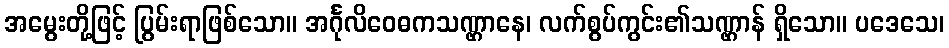
အမွေးတို့ဖြင့် ပြွမ်းရာဖြစ်သော။ အင်္ဂုလိဝေဓကသဏ္ဌာနေ၊ လက်စွပ်ကွင်း၏သဏ္ဌာန် ရှိသော။ ပဒေသေ၊